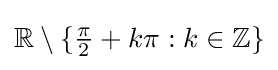
\mathbb {R} \setminus \{{\tfrac {\pi }{2}}+k\pi :k\in \mathbb {Z} \}